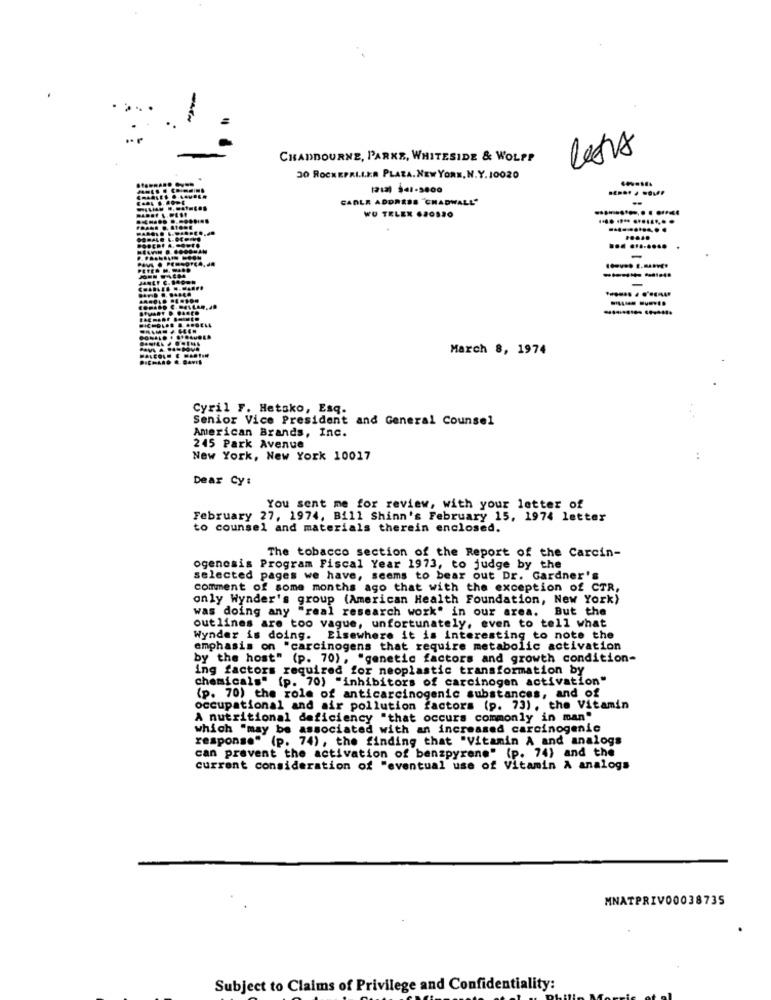
CHADBOURNE, PARKE, WHITESIDE & WOLPP
less
30 ROCHEPRI.IKA PLAZA.NEW YORK, N.Y. 10020
(212) 341-5800
CARLE ADDRESS "CHADWALL"
........... . . .....
WU TELEX 620520
.... .... .........
... ........
-
-
.......... .......
March 8, 1974
Cyril F. Hetsko, Esq.
Senior Vice President and General Counsel
American Brands, Inc.
245 Park Avenue
New York, New York 10017
:
Dear Cy:
You sent me for review, with your letter of
February 27, 1974, Bill Shinn's February 15, 1974 letter
to counsel and materials therein enclosed.
The tobacco section of the Report of the Carcin-
ogenesis Program Fiscal Year 1973, to judge by the
selected pages we have, seems to bear out Dr. Gardner's
comment of some months ago that with the exception of CTR,
only Wynder's group (American Health Foundation, New York)
was doing any "real research work" in our area. But the
outlines are too vague, unfortunately, even to tell what
Wynder is doing. Elsewhere it is interesting to note the
emphasis on "carcinogens that require metabolic activation
by the host" (p. 70), "genetic factors and growth condition-
ing factors required for neoplastic transformation by
chemicals" (p. 70) "inhibitors of carcinogen activation"
(p. 70) the role of anticarcinogenic substances, and of
occupational and air pollution factors (p. 73), the Vitamin
A nutritional deficiency "that occurs commonly in man"
which "may be associated with an increased carcinogenic
response" (p. 74), the finding that "Vitamin A and analogs
can prevent the activation of benzpyrene" (p. 74) and the
current consideration of "eventual use of Vitamin A analogs
MNATPRIV00038735
Subject to Claims of Privilege and Confidentiality: